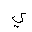
Letter: _ya